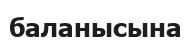
баланысына